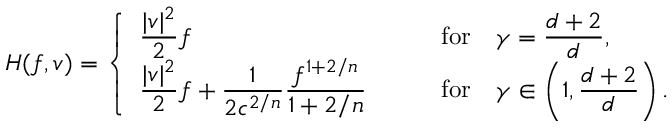
H ( f , v ) = \left\{ \begin{array} { l l } { \displaystyle \frac { | v | ^ { 2 } } { 2 } f \qquad } & { \mathrm { f o r } \quad \displaystyle \gamma = \frac { d + 2 } { d } , } \\ { \displaystyle \frac { | v | ^ { 2 } } { 2 } f + \frac { 1 } { 2 c ^ { 2 / n } } \frac { f ^ { 1 + 2 / n } } { 1 + 2 / n } \qquad } & { \mathrm { f o r } \quad \displaystyle \gamma \in \left( 1 , \frac { d + 2 } d \right) . } \end{array} \right.